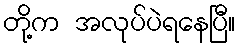
တို့က အလုပ်ပဲရနေပြီ။